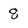
Character: 8